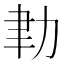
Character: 𦘓